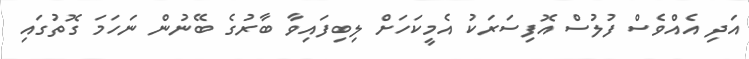
އަދި އެއްވެސް ފުލުސް އޮފިސަރަކު އެމީކަހަށް ލިބިފައިވާ ބާރުގެ ބޭނުން ނަހަމަ ގޮތުގައި